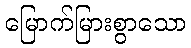
မြောက်မြားစွာသော